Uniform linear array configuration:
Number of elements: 64
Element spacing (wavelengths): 0.5
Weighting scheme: uniform
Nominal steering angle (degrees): -15
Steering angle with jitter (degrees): -15.505
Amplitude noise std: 0.05
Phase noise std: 0.05

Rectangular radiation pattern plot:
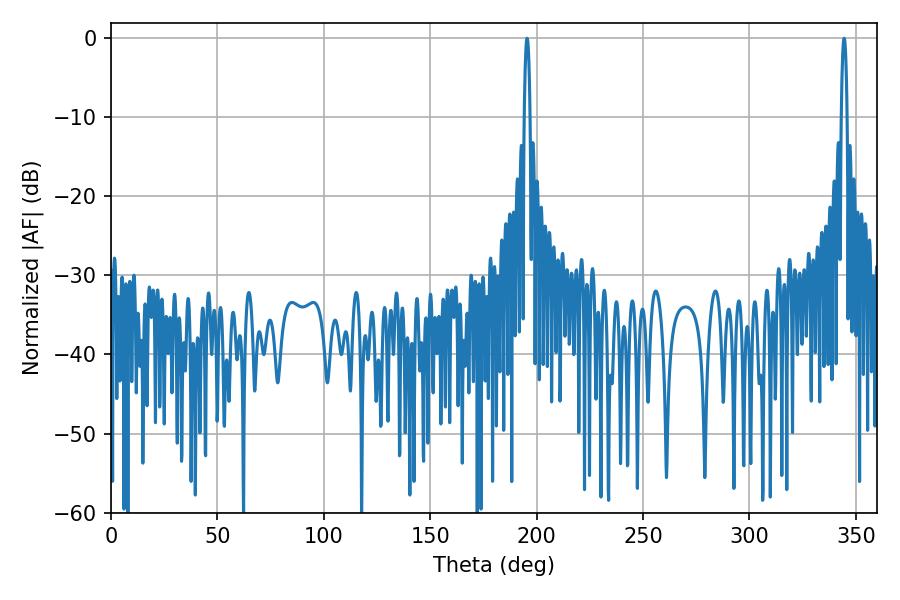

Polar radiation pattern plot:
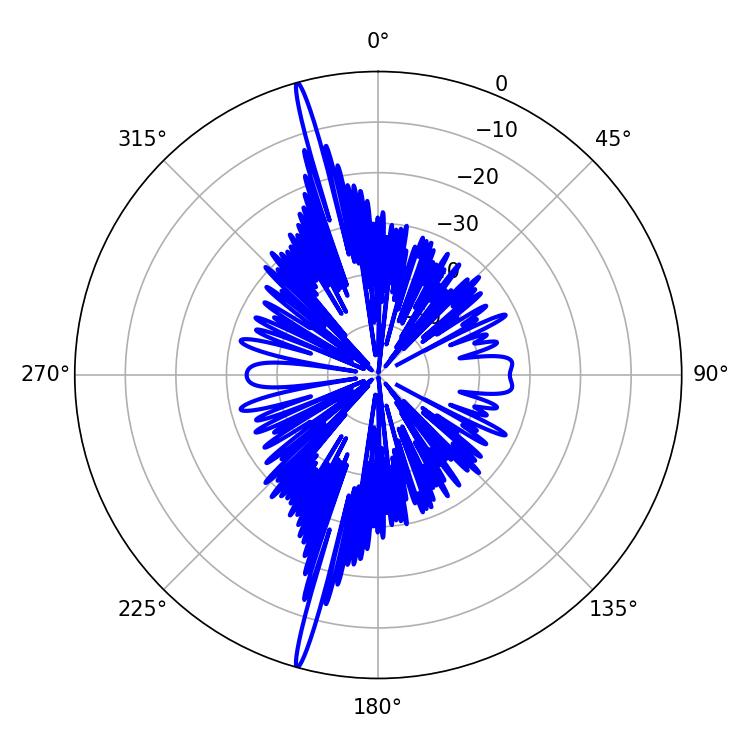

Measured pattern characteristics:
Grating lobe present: FALSE
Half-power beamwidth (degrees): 1.44
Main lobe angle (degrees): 344.52